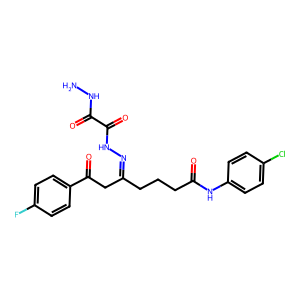
SMILES: NNC(=O)C(=O)NN=C(CCCC(=O)Nc1ccc(Cl)cc1)CC(=O)c1ccc(F)cc1
Inhibits HIV replication: No